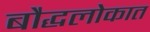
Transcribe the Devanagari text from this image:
बौद्धलोकात